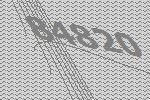
84820